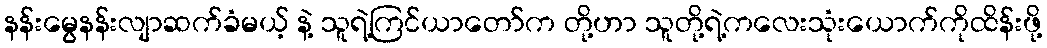
နန်းမွေနန်းလျာဆက်ခံမယ့် နဲ့ သူရဲ့ကြင်ယာတော်က တို့ဟာ သူတို့ရဲ့ကလေးသုံးယောက်ကိုထိန်းဖို့